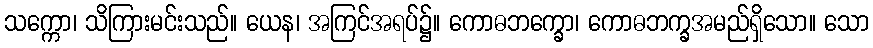
သက္ကော၊ သိကြားမင်းသည်။ ယေန၊ အကြင်အရပ်၌။ ကောဓဘက္ခော၊ ကောဓဘက္ခအမည်ရှိသော။ သော